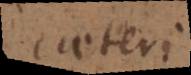
caeteri